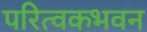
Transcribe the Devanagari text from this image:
परित्वकभवन